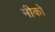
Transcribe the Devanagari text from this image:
मीको